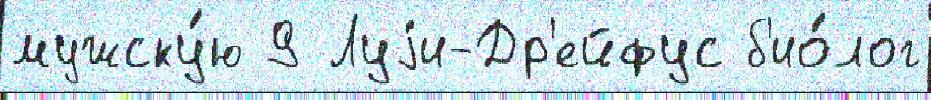
мужску́ю 9 Луjи-Др'ейфус б'ио́лог